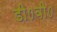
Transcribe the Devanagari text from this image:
डी०वी०